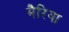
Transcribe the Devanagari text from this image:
मैरिया